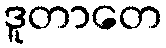
ဒူတာတေ